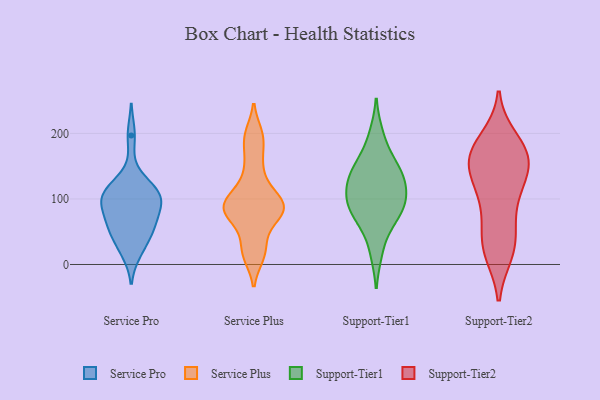
{"axis": {"x": "Customer Acquisition Cost (USD)", "y": "Value"}, "legend": ["Service Plus", "Service Pro", "Support-Tier1", "Support-Tier2"], "data": [{"x": "", "y": 94, "type": "Service Pro"}, {"x": "", "y": 19, "type": "Service Pro"}, {"x": "", "y": 103, "type": "Service Pro"}, {"x": "", "y": 26, "type": "Service Pro"}, {"x": "", "y": 108, "type": "Service Pro"}, {"x": "", "y": 197, "type": "Service Pro"}, {"x": "", "y": 116, "type": "Service Pro"}, {"x": "", "y": 54, "type": "Service Pro"}, {"x": "", "y": 127, "type": "Service Pro"}, {"x": "", "y": 67, "type": "Service Pro"}, {"x": "", "y": 105, "type": "Service Pro"}, {"x": "", "y": 100, "type": "Service Pro"}, {"x": "", "y": 52, "type": "Service Pro"}, {"x": "", "y": 93, "type": "Service Pro"}, {"x": "", "y": 52, "type": "Service Pro"}, {"x": "", "y": 71, "type": "Service Pro"}, {"x": "", "y": 100, "type": "Service Plus"}, {"x": "", "y": 74, "type": "Service Plus"}, {"x": "", "y": 133, "type": "Service Plus"}, {"x": "", "y": 16, "type": "Service Plus"}, {"x": "", "y": 75, "type": "Service Plus"}, {"x": "", "y": 192, "type": "Service Plus"}, {"x": "", "y": 37, "type": "Service Plus"}, {"x": "", "y": 14, "type": "Service Plus"}, {"x": "", "y": 104, "type": "Service Plus"}, {"x": "", "y": 198, "type": "Service Plus"}, {"x": "", "y": 159, "type": "Service Plus"}, {"x": "", "y": 81, "type": "Service Plus"}, {"x": "", "y": 84, "type": "Service Plus"}, {"x": "", "y": 96, "type": "Service Plus"}, {"x": "", "y": 85, "type": "Service Plus"}, {"x": "", "y": 146, "type": "Support-Tier1"}, {"x": "", "y": 198, "type": "Support-Tier1"}, {"x": "", "y": 163, "type": "Support-Tier1"}, {"x": "", "y": 130, "type": "Support-Tier1"}, {"x": "", "y": 102, "type": "Support-Tier1"}, {"x": "", "y": 128, "type": "Support-Tier1"}, {"x": "", "y": 65, "type": "Support-Tier1"}, {"x": "", "y": 137, "type": "Support-Tier1"}, {"x": "", "y": 84, "type": "Support-Tier1"}, {"x": "", "y": 71, "type": "Support-Tier1"}, {"x": "", "y": 19, "type": "Support-Tier1"}, {"x": "", "y": 99, "type": "Support-Tier1"}, {"x": "", "y": 98, "type": "Support-Tier1"}, {"x": "", "y": 67, "type": "Support-Tier2"}, {"x": "", "y": 190, "type": "Support-Tier2"}, {"x": "", "y": 116, "type": "Support-Tier2"}, {"x": "", "y": 154, "type": "Support-Tier2"}, {"x": "", "y": 43, "type": "Support-Tier2"}, {"x": "", "y": 22, "type": "Support-Tier2"}, {"x": "", "y": 19, "type": "Support-Tier2"}, {"x": "", "y": 117, "type": "Support-Tier2"}, {"x": "", "y": 152, "type": "Support-Tier2"}, {"x": "", "y": 101, "type": "Support-Tier2"}, {"x": "", "y": 174, "type": "Support-Tier2"}, {"x": "", "y": 144, "type": "Support-Tier2"}, {"x": "", "y": 165, "type": "Support-Tier2"}, {"x": "", "y": 173, "type": "Support-Tier2"}, {"x": "", "y": 26, "type": "Support-Tier2"}, {"x": "", "y": 170, "type": "Support-Tier2"}]}